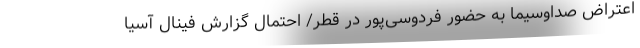
اعتراض صداوسیما به حضور فردوسی‌پور در قطر/ احتمال گزارش فینال آسیا